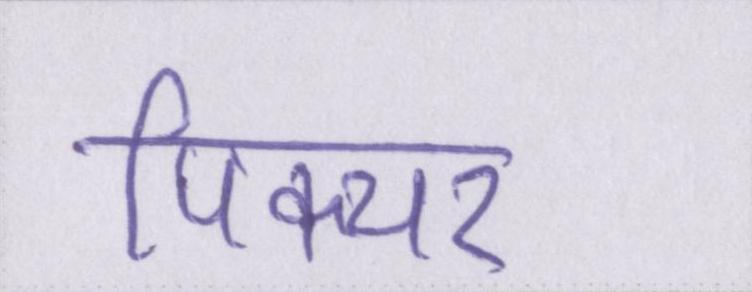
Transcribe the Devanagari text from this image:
पिक्चर